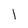
Character: 1